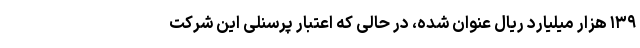
۱۳۹ هزار میلیارد ریال عنوان شده، در حالی که اعتبار پرسنلی این شرکت